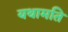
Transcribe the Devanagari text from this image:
यथामति